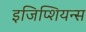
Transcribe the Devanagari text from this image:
इजिप्शियन्स